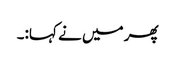
پھر میں نے کہا:۔